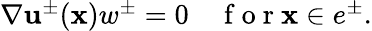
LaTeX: \begin{array}{r}{\nabla{\mathbf u}^{\pm}({\mathbf x})w^{\pm}=0\quad\mathrm{~f~o~r~}{\mathbf x}\in e^{\pm}.}\end{array}